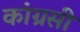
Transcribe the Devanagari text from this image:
कांग्रसी